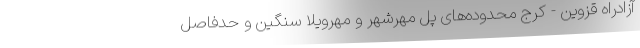
آزادراه قزوین - کرج محدوده‌های پل مهرشهر و مهرویلا سنگین و حدفاصل